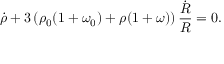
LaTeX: \dot { \rho } + 3 \left( \rho _ { 0 } ( 1 + \omega _ { 0 } ) + \rho ( 1 + \omega ) \right) \frac { \dot { R } } { R } = 0 .